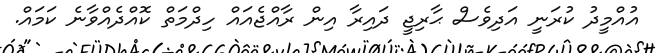
އުއްމީދު ކުރަނީ އަދިވެސް ޙާރިޖީ ދައިރާ އިން ރާއްޖެއައް ހިދްމަތް ކޮއްދެއްވާނެ ކަމައް.